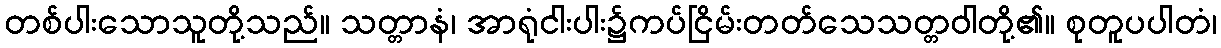
တစ်ပါးသောသူတို့သည်။ သတ္တာနံ၊ အာရုံငါးပါး၌ကပ်ငြိမ်းတတ်သေသတ္တဝါတို့၏။ စုတူပပါတံ၊